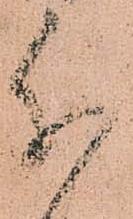
分